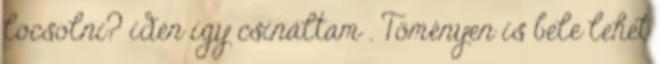
locsolni? idén így csináltam . Töményen is bele lehet